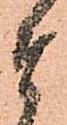
ま